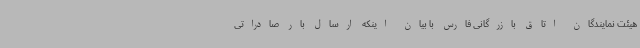
هیئت نمایندگان اتاق بازرگانی فارس با بیان اینکه ارسال بار صادراتی